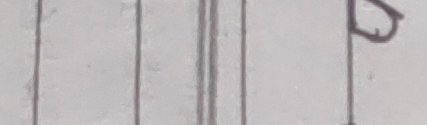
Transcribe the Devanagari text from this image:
ख